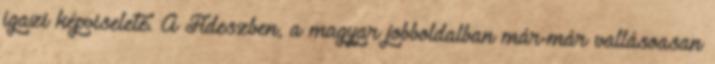
igazi képviselete. A Fideszben, a magyar jobboldalban már-már vallásoasan